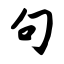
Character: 句